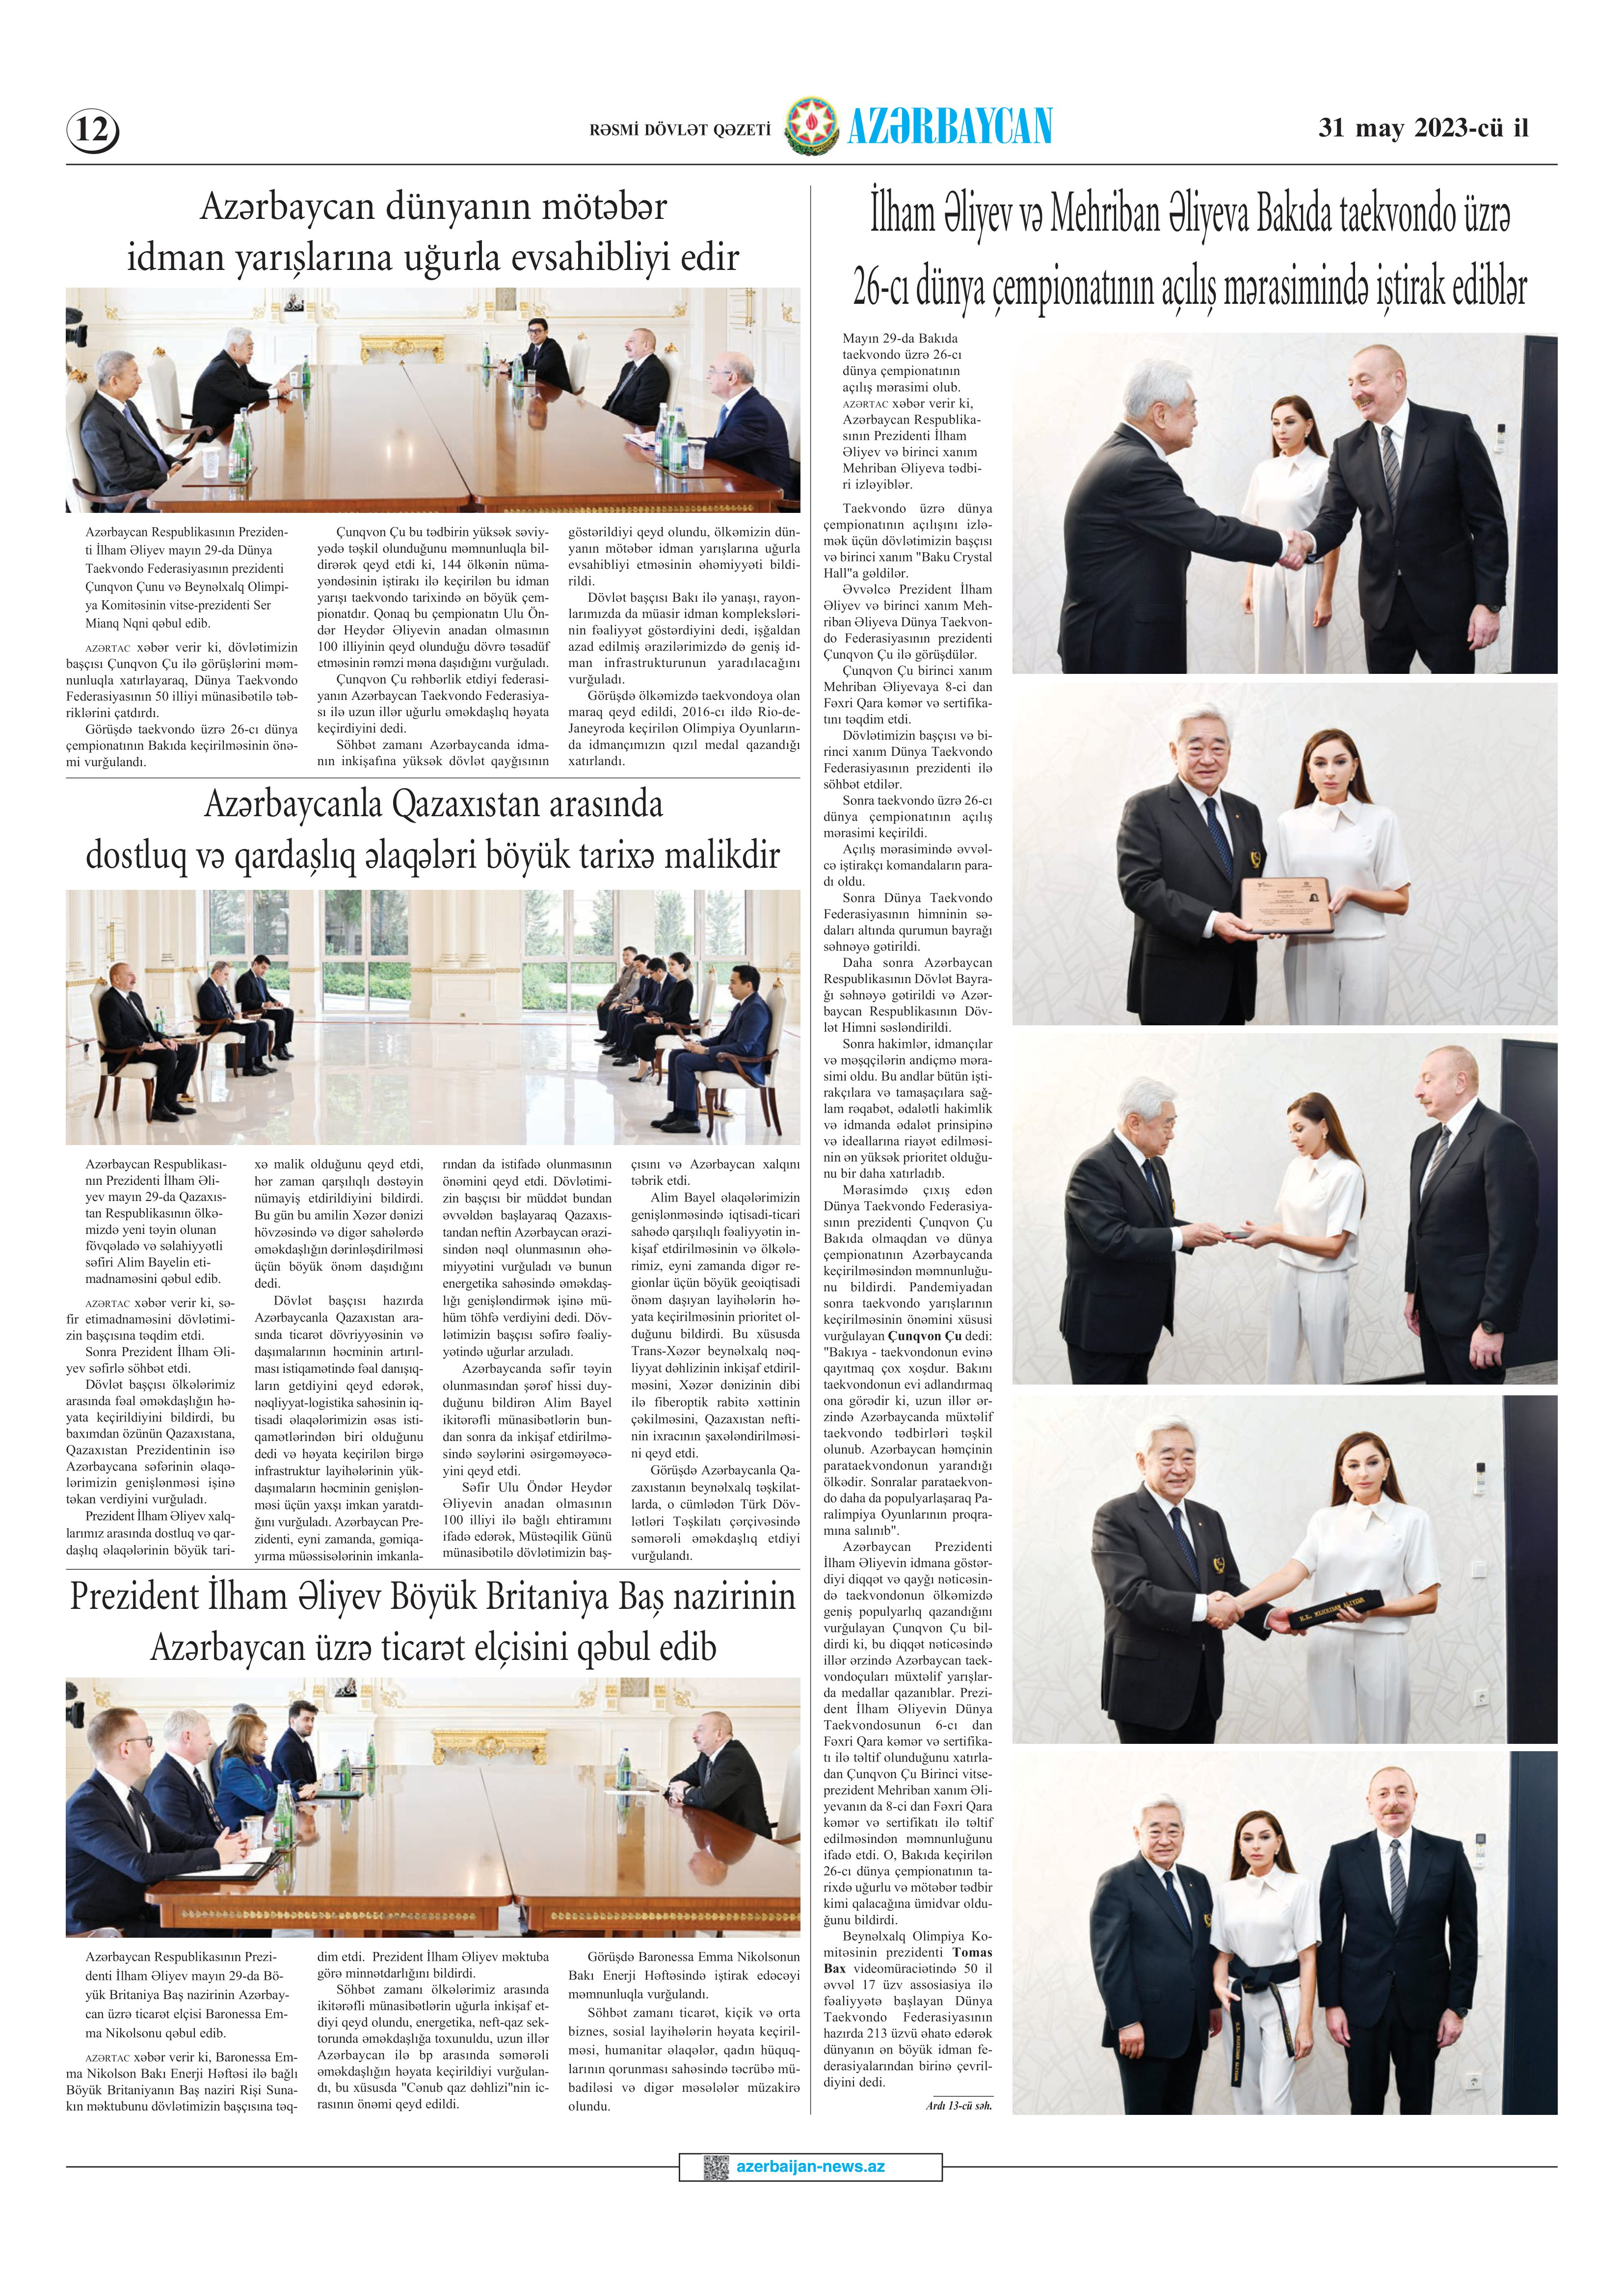
Language: az